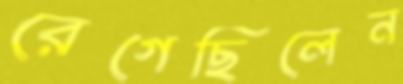
রেগেছিলেন